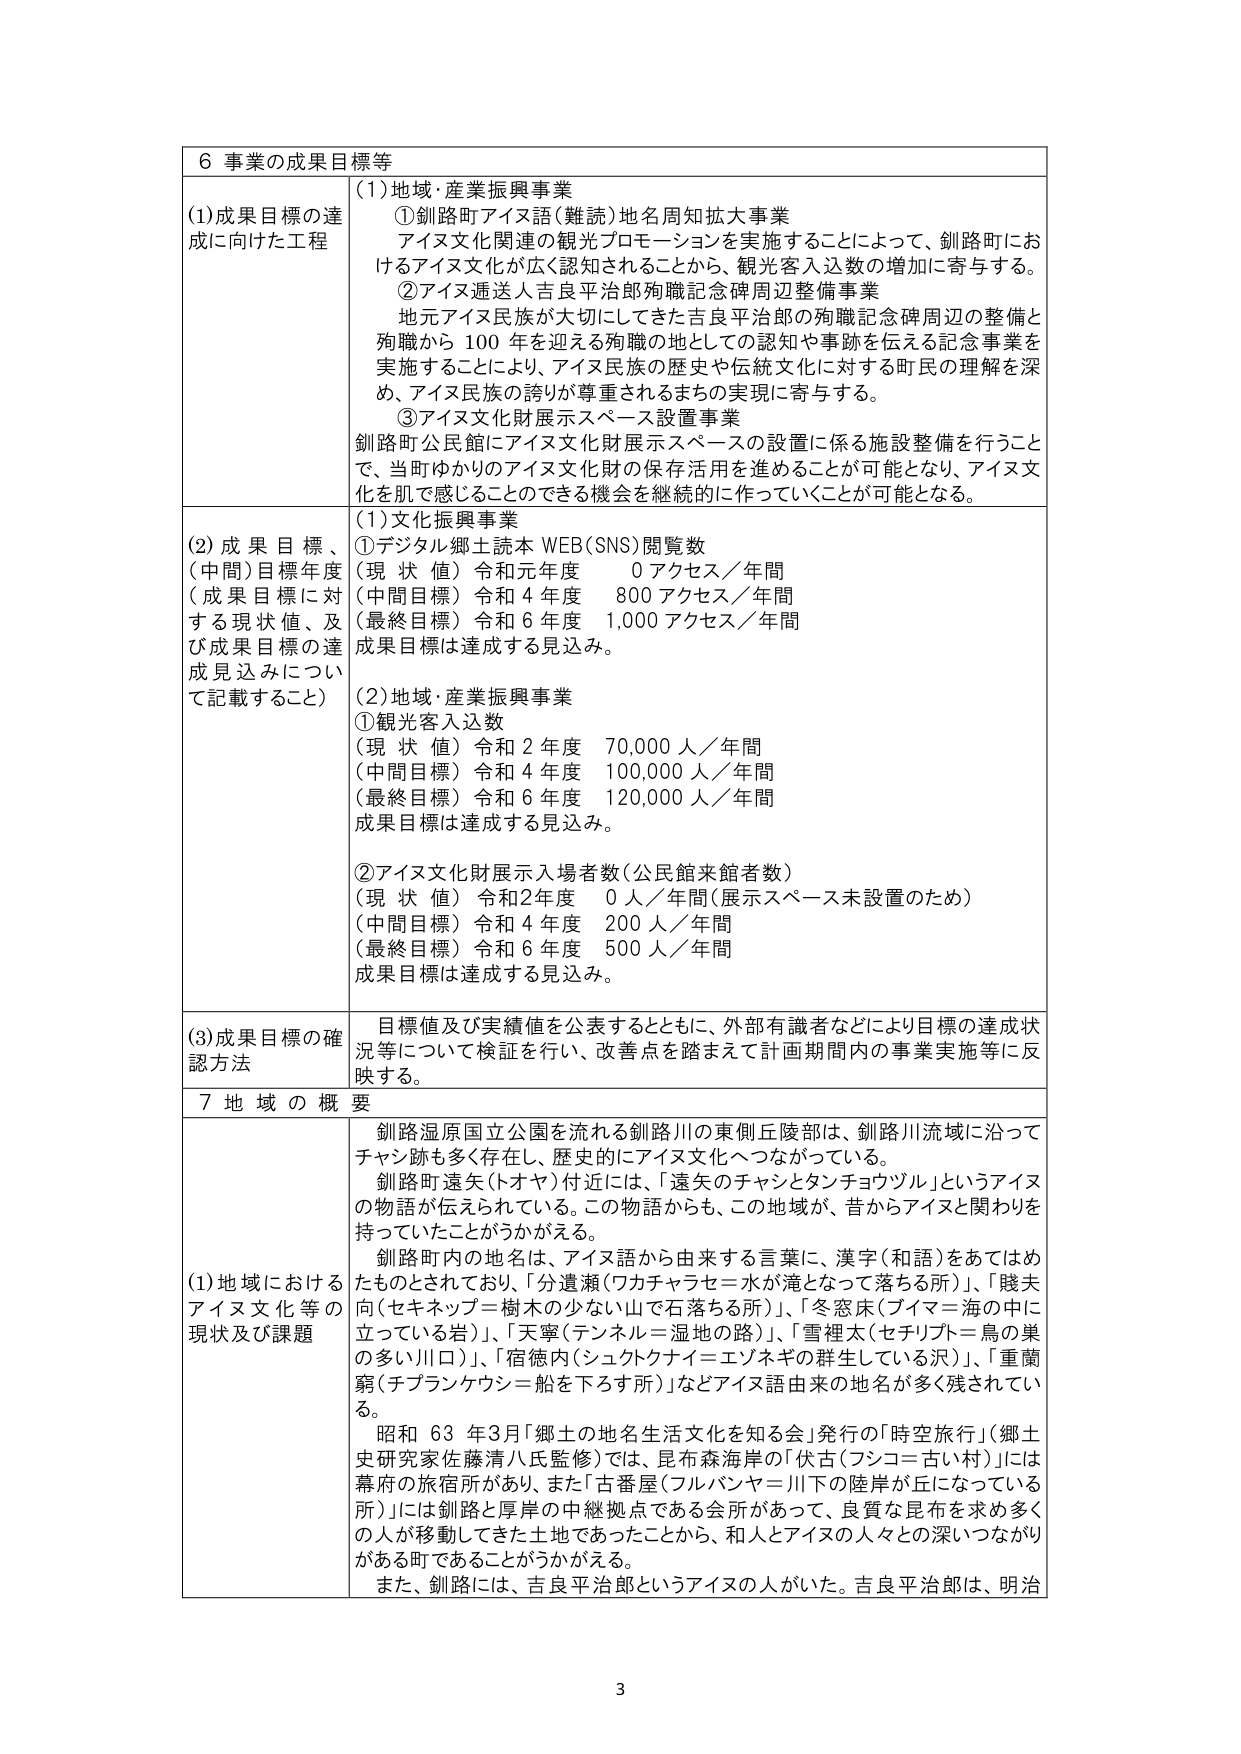
6 事業の成果目標等

(1)成果目標の達成に向けた工程
(1)地域・産業振興事業
①釧路町アイヌ語（難読）地名周知拡大事業
アイヌ文化関連の観光プロモーションを実施することによって、釧路町におけるアイヌ文化が広く認知されることから、観光客入込数の増加に寄与する。
②アイヌ遺送人吉良平治郎殉職記念碑周辺整備事業
地元アイヌ民族が大切にしてきた吉良平治郎の殉職記念碑周辺の整備と殉職から100年を迎える殉職の地としての認知や事跡を伝える記念事業を実施することにより、アイヌ民族の歴史や伝統文化に対する町民の理解を深め、アイヌ民族の誇りが尊重されるまちの実現に寄与する。
③アイヌ文化財展示スペース設置事業
釧路町公民館にアイヌ文化財展示スペースの設置に係る施設整備を行うことで、当町ゆかりのアイヌ文化財の保存活用を進めることが可能となり、アイヌ文化を肌で感じることのできる機会を継続的に作っていくことが可能となる。

(2)成果目標、（中間）目標年度（成果目標に対する現状値、及び成果目標の達成見込みについて記載すること）
(1)文化振興事業
①デジタル郷土読本 WEB(SNS)閲覧数
（現状値）令和元年度 0アクセス／年間
（中間目標）令和4年度 800アクセス／年間
（最終目標）令和6年度 1,000アクセス／年間
成果目標は達成する見込み。

(2)地域・産業振興事業
①観光客入込数
（現状値）令和2年度 70,000人／年間
（中間目標）令和4年度 100,000人／年間
（最終目標）令和6年度 120,000人／年間
成果目標は達成する見込み。

②アイヌ文化財展示入場者数（公民館来館者数）
（現状値）令和2年度 0人／年間（展示スペース未設置のため）
（中間目標）令和4年度 200人／年間
（最終目標）令和6年度 500人／年間
成果目標は達成する見込み。

(3)成果目標の確認方法
目標値及び実績値を公表するとともに、外部有識者などにより目標の達成状況等について検証を行い、改善点を踏まえて計画期間内の事業実施等に反映する。

7 地域の概要

(1)地域におけるアイヌ文化等の現状及び課題
釧路湿原国立公園を流れる釧路川の東側丘陵部は、釧路川流域に沿ってチャン跡も多く存在し、歴史的にアイヌ文化へつながっている。
釧路町遠矢（トオヤ）付近には、「遠矢のチャンとタンチョウヅル」というアイヌの物語が伝えられている。この物語からも、この地域が、昔からアイヌと関わりを持っていたことがうかがえる。
釧路町内の地名は、アイヌ語から由来する言葉に、漢字（和語）をあてはめたものとされており、「分遺瀬（フカチャラセ＝水が滝となって落ちる所）」、「賤夫向（セキネップ＝樹木の少ない山で石落ちる所）」、「冬窓床（ブイマ＝海の中に立っている岩）」、「天寧（テンネル＝湿地の路）」、「雪裡太（セチリフト＝鳥の巣の多い川口）」、「宿徳内（シュクトクナイ＝エゾネギの群生している沢）」、「重蘭窮（チプランケウシ＝船を下るす所）」などアイヌ語由来の地名が多く残されている。
昭和63年3月「郷土の地名生活文化を知る会」発行の「時空旅行」（郷土史研究家佐藤清八氏監修）では、昆布森海岸の「伏古（フシコ＝古い村）」には幕府の旅宿所があり、また「古番屋（フルバンヤ＝川下の陸岸が丘になっている所）」には釧路と厚岸の中継拠点である会所があって、良質な昆布を求め多くの人が移動してきた土地であったことから、和人とアイヌの人々との深いつながりがある町であることがうかがえる。
また、釧路には、吉良平治郎というアイヌの人がいた。吉良平治郎は、明治

3